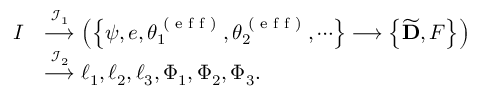
\begin{array} { r l } { I } & { \stackrel { { \mathcal { I } } _ { 1 } } { \longrightarrow } \left( \left\{ \psi , e , \theta _ { 1 } ^ { \textrm { ( e f f ) } } , \theta _ { 2 } ^ { \textrm { ( e f f ) } } , \cdots \right\} \longrightarrow \left\{ \widetilde { \mathbf { D } } , F \right\} \right) } \\ & { \stackrel { { \mathcal { I } } _ { 2 } } { \longrightarrow } \ell _ { 1 } , \ell _ { 2 } , \ell _ { 3 } , \Phi _ { 1 } , \Phi _ { 2 } , \Phi _ { 3 } . } \end{array}